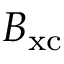
\boldsymbol { B } _ { \mathrm { x c } }